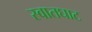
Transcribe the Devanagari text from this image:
स्वातघाट